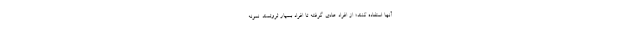
آنها استفاده کنند؛ از افراد عادی گرفته تا افراد بسیار ثروتمند. نمونه